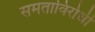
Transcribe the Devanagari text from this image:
समताविरोधी